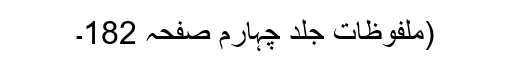
(ملفوظات جلد چہارم صفحہ 182۔